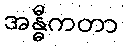
အန္ဓီကတာ